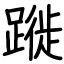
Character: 蹝